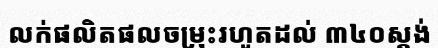
លក់ផលិតផលចម្រុះរហូតដល់ ៣៤០ស្តង់